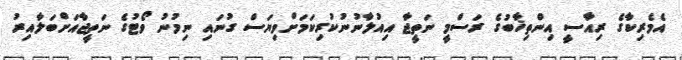
އެމެރިކާގެ ރިއާސީ އިންތިޚާބުގެ ރަސްމީ ނަތީޖާ އިއުލާނުނުކުރިކަމަށްވިޔަސް ގުނައި ނިމުނު ވޯޓުގެ ނަތީޖާއަށްބަލާއިރު